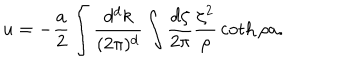
u = - { \frac { a } { 2 } } \int { \frac { d ^ { d } k } { ( 2 \pi ) ^ { d } } } \int { \frac { d \zeta } { 2 \pi } } { \frac { \zeta ^ { 2 } } { \rho } } \coth \rho a .